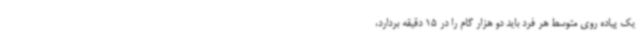
یک پیاده روی متوسط هر فرد باید دو هزار گام را در 15 دقیقه بردارد،